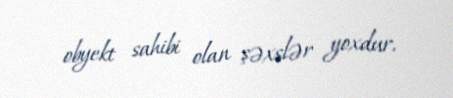
obyekt sahibi olan şəxslər yoxdur.